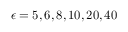
\epsilon = 5 , 6 , 8 , 1 0 , 2 0 , 4 0